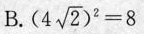
B. $$( 4 \sqrt { 2 } ) ^ { 2 } = 8$$